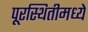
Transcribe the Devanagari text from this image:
पूरस्थितीमध्ये